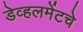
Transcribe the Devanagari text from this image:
डेव्हलमेंटचे